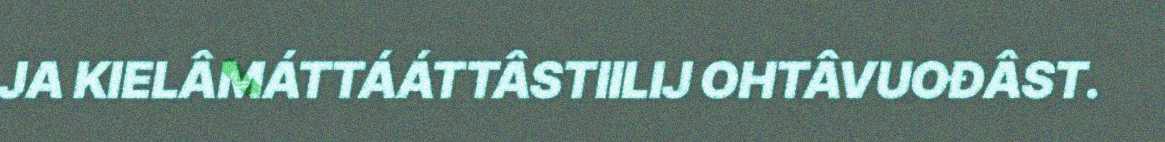
JA KIELÂMÁTTÁÁTTÂSTIILIJ OHTÂVUOĐÂST.